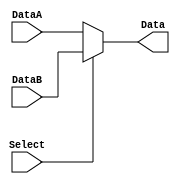
`timescale 1ns / 1ps
//////////////////////////////////////////////////////////////////////////////////
// Company: 
// Engineer: 
// 
// Design Name: 
// Module Name: Select32
// Project Name: 
// Target Devices: 
// Tool Versions: 
// Description: 
// 
// Dependencies: 
// 
// Revision:
// Revision 0.01 - File Created
// Additional Comments:
// 
//////////////////////////////////////////////////////////////////////////////////


module Select32(
    input Select,
    input [31:0] DataA, DataB,
    output [31:0] Data
    );
    assign Data = Select?DataB:DataA;
endmodule